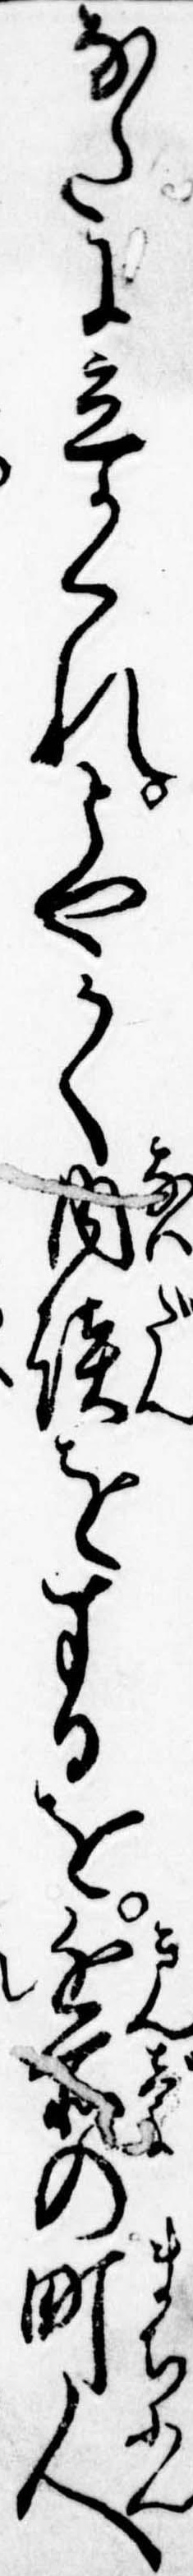
なたに立かくれとやかく内談をするを近所の町人